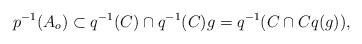
LaTeX: \begin{align*}p^{-1}(A_o) \subset q^{-1}(C) \cap q^{-1}(C)g = q^{-1}(C \cap Cq(g)),\end{align*}